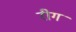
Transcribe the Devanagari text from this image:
रीग